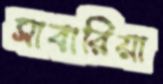
সাবারিয়া